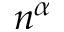
n ^ { \alpha }